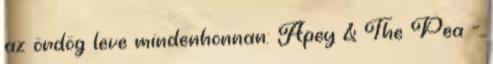
az ördög leve mindenhonnan: Apey & The Pea –